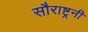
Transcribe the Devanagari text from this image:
सौराष्ट्रनी